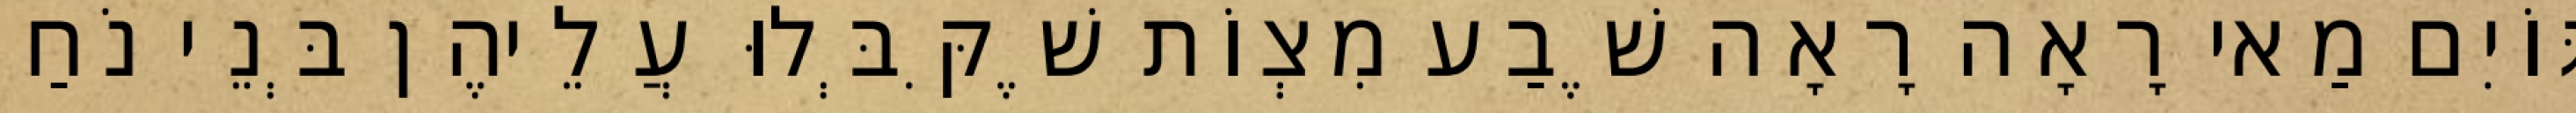
גּוֹיִם מַאי רָאָה רָאָה שֶׁבַע מִצְוֹת שֶׁקִּבְּלוּ עֲלֵיהֶן בְּנֵי נֹחַ